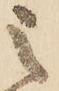
之